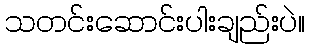
သတင်းဆောင်းပါးချည်းပဲ။